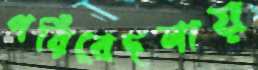
পরিবেদনায়